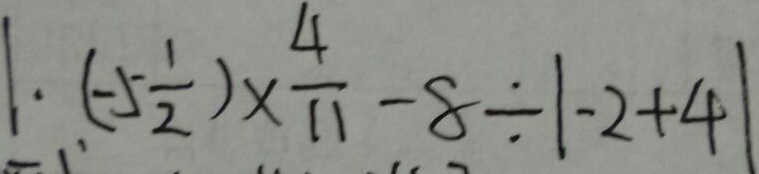
1 . ( - 5 \frac { 1 } { 2 } ) \times \frac { 4 } { 1 1 } - 8 \div \vert - 2 + 4 \vert